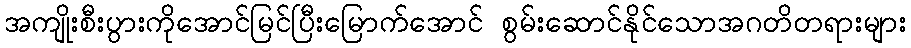
အကျိုးစီးပွားကိုအောင်မြင်ပြီးမြောက်အောင် စွမ်းဆောင်နိုင်သောအဂတိတရားများ